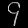
Digit: ၄